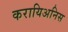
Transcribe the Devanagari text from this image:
करायिअनिस